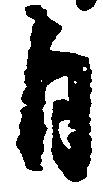
自